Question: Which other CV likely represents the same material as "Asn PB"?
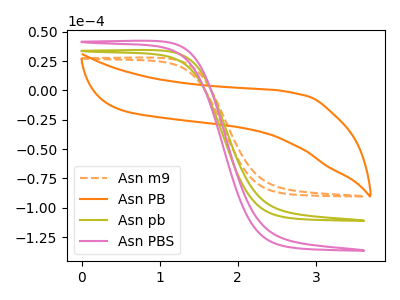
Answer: <think>The orange dashed curve "Asn m9" has no peaks. The orange curve "Asn PB" has no peaks. The olive curve "Asn pb" has no peaks. The pink curve "Asn PBS" has no peaks.
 Neither "Asn m9" or "Asn PB" have any peaks. Neither "Asn m9" or "Asn pb" have any peaks. Neither "Asn m9" or "Asn PBS" have any peaks. Neither "Asn PB" or "Asn pb" have any peaks. Neither "Asn PB" or "Asn PBS" have any peaks. Neither "Asn pb" or "Asn PBS" have any peaks.</think>
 <answer>"Asn PB", "Asn pb" and "Asn PBS" have a similar shape to "Asn m9".</answer>
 <eval>"Asn PB" "Asn pb" "Asn PBS"</eval>